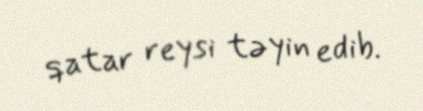
qatar reysi təyin edib.